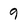
Character: 9